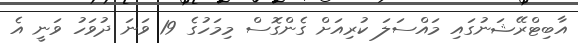
އާބިޓްރޭޝަނުގައި މައްސަލަ ކުރިއަށް ގެންގޮސް މިމަހުގެ 19 ވަނަ ދުވަހު ވަނީ އެ